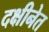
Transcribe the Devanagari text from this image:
दक्षीनेत